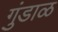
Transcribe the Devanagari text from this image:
गुंडाळ